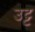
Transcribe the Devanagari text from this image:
उट्ट